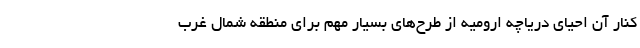
کنار آن احیای دریاچه ارومیه از طرح‌های بسیار مهم برای منطقه شمال غرب